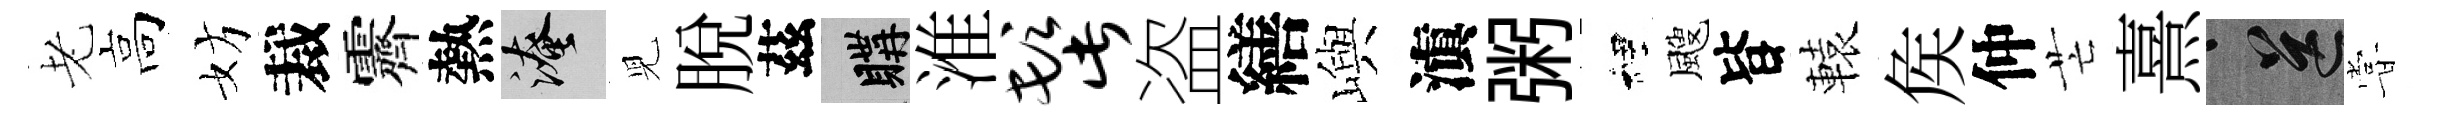
老高妨裁霽熱淹児脱茲購淮髭盗繕嶼滇粥裡颼𣅜轅矦仲芒熹送甞